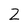
Character: Z